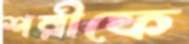
শরীফে